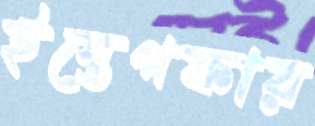
ইস্তেগফার